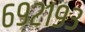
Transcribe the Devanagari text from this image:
६९२१९३